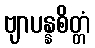
ဗျာပန္နစိတ္တံ